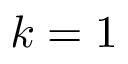
k = 1